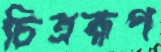
চিত্ররূপ